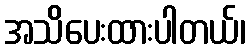
အသိပေးထားပါတယ်၊